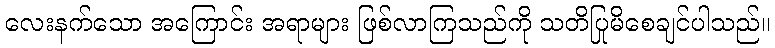
လေးနက်သော အကြောင်း အရာများ ဖြစ်လာကြသည်ကို သတိပြုမိစေချင်ပါသည်။